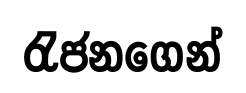
රැජනගෙන්